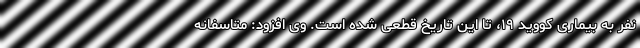
نفر به بیماری کووید ۱۹، تا این تاریخ قطعی شده است. وی افزود: متاسفانه